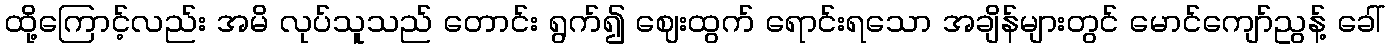
ထို့ကြောင့်လည်း အမိ လုပ်သူသည် တောင်း ရွက်၍ ဈေးထွက် ရောင်းရသော အချိန်များတွင် မောင်ကျော်ညွန့် ခေါ်